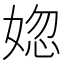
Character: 𡝲